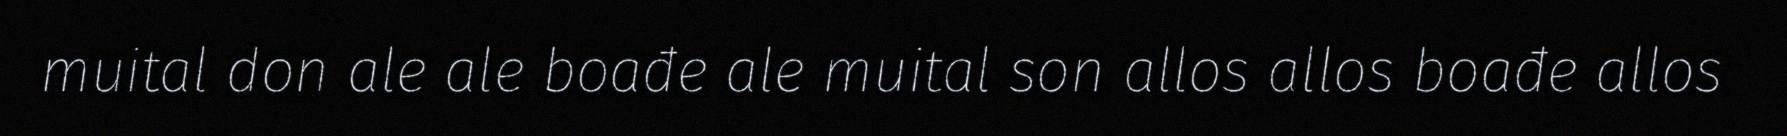
muital don ale ale boađe ale muital son allos allos boađe allos